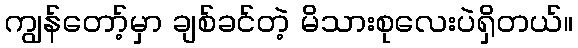
ကျွန်တော့်မှာ ချစ်ခင်တဲ့ မိသားစုလေးပဲရှိတယ်။